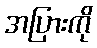
အပြားကို